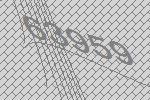
63959